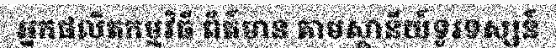
អ្នកផលិតកម្មវិធី ព័ត៌មាន តាមស្ថានីយ៍ទូរទស្សន៍